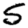
Digit: 5